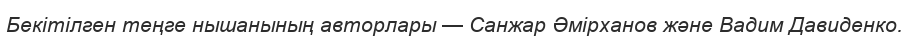
Бекітілген теңге нышанының авторлары — Санжар Әмірханов және Вадим Давиденко.